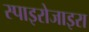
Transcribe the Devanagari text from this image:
स्पाइरोजाइरा